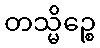
တသ္မိဉ္စေ